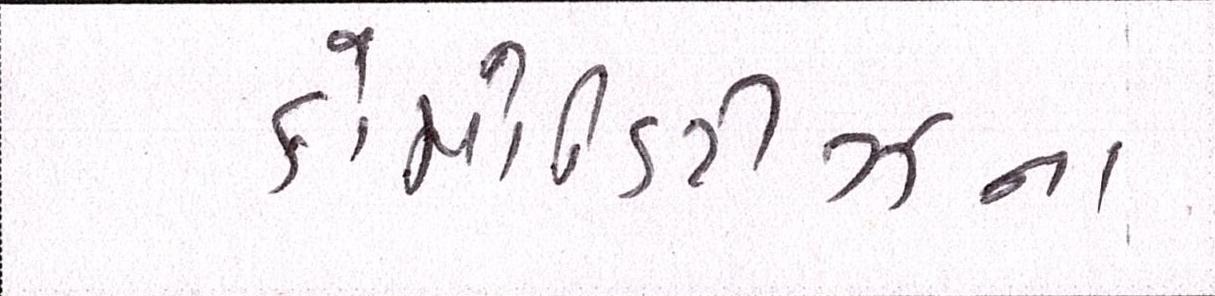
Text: કોમોડિટીઝના